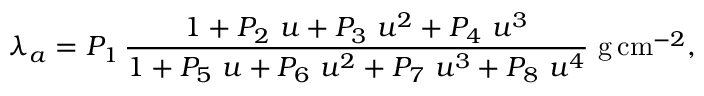
\lambda _ { a } = P _ { 1 } \, \frac { 1 + P _ { 2 } \, \, u + P _ { 3 } \, \, u ^ { 2 } + P _ { 4 } \, \, u ^ { 3 } } { 1 + P _ { 5 } \, \, u + P _ { 6 } \, \, u ^ { 2 } + P _ { 7 } \, \, u ^ { 3 } + P _ { 8 } \, \, u ^ { 4 } } \, \, \mathrm { g } \, \mathrm { c m } ^ { - 2 } ,